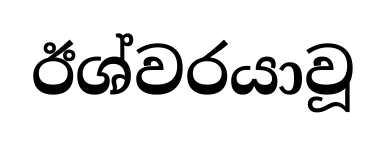
ඊශ්වරයාවූ